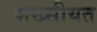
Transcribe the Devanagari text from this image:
शख्सीयत